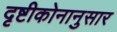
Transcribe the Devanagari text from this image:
दृष्टीकोनानुसार